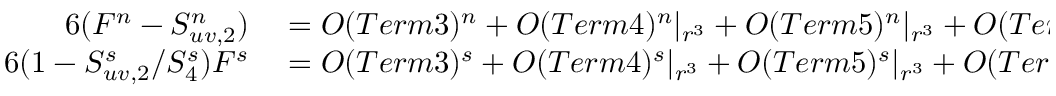
\begin{array} { r l } { { 6 ( F ^ { n } - S _ { u v , 2 } ^ { n } ) } } & { { } = { \cal O } ( T e r m 3 ) ^ { n } + { \cal O } ( T e r m 4 ) ^ { n } | _ { r ^ { 3 } } + { \cal O } ( T e r m 5 ) ^ { n } | _ { r ^ { 3 } } + { \cal O } ( T e r m 6 ) ^ { n } + { \cal O } ( T e r m 7 ) ^ { n } , } \\ { { 6 ( 1 - S _ { u v , 2 } ^ { s } / S _ { 4 } ^ { s } ) F ^ { s } } } & { { } = { \cal O } ( T e r m 3 ) ^ { s } + { \cal O } ( T e r m 4 ) ^ { s } | _ { r ^ { 3 } } + { \cal O } ( T e r m 5 ) ^ { s } | _ { r ^ { 3 } } + { \cal O } ( T e r m 6 ) ^ { s } + { \cal O } ( T e r m 7 ) ^ { s } , } \end{array}